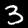
Digit: 3